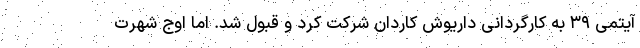
آیتمی ۳۹ به کارگردانی داریوش کاردان شرکت کرد و قبول شد. اما اوج شهرت